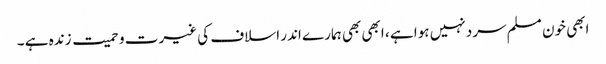
ابھی خون مسلم سرد نہیں ہوا ہے ، ابھی بھی ہمارے اندر اسلاف کی غیرت و حمیت زندہ ہے ۔